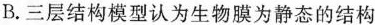
B.三层结构模型认为生物膜为静态的结构